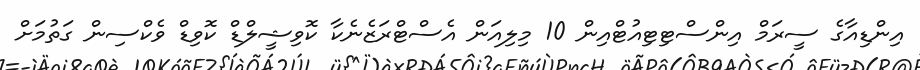
އިންޑިއާގެ ސީރަމް އިންސްޓިޓިއުޓްއިން 10 މިލިއަން އެސްޓްރަޒެނެކާ ކޮވިޝީލްޑް ކޮވިޑް ވެކްސިން ގަތުމަށް